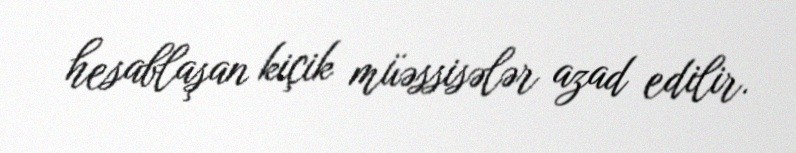
hesablaşan kiçik müəssisələr azad edilir.